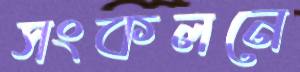
সংকলনে